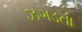
ઝગડતા